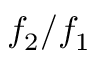
f _ { 2 } / f _ { 1 }